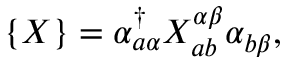
\{ X \} = \alpha _ { a \alpha } ^ { \dagger } X _ { a b } ^ { \alpha \beta } \alpha _ { b \beta } ,